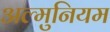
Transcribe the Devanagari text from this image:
अल्‍मुनियम